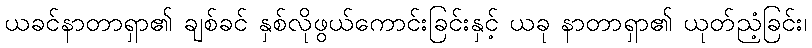
ယခင်နာတာရှာ၏ ချစ်ခင် နှစ်လိုဖွယ်ကောင်းခြင်းနှင့် ယခု နာတာရှာ၏ ယုတ်ညံ့ခြင်း၊